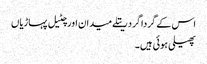
اس کے گردا گرد ریتلے میدان اور چٹیل پہاڑیاں
پھیلی ہوئی ہیں ۔